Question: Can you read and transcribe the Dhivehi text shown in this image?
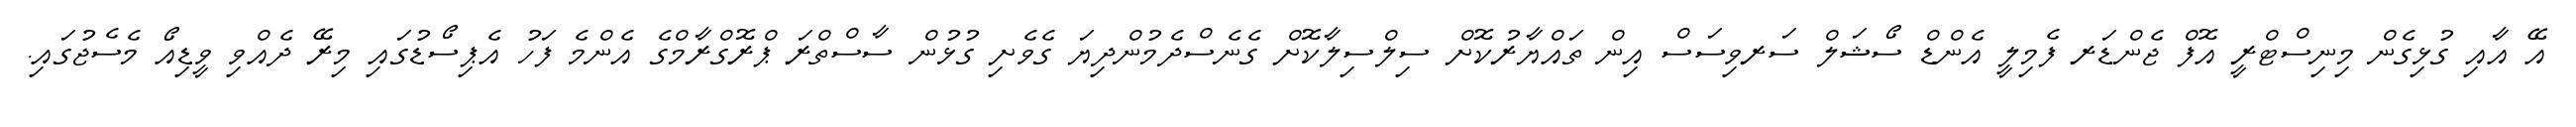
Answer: އޭ އާއި ގުޅިގެން މިނިސްޓްރީ އޮފް ޖެންޑަރ ފެމިލީ އެންޑް ސޯޝަލް ސަރވިސަސް އިން ތައްޔާރުކޮށް ސިލްސިލާކޮށް ގެނެސްދެމުންދިޔަ ގެވެށި ގުޅުން ސާސްތްރަ ޕްރޮގްރާމްގެ އެންމެ ފަހު އެޕިސޯޑުގައި މިރޭ ދެއްވި ވީޑިއޯ މެސެޖުގައި.